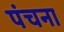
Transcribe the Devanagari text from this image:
पंचना